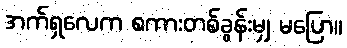
အက်ရှလေက စကားတစ်ခွန်းမျှ မပြော။